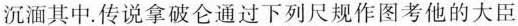
沉湎其中。传说拿破仑通过下列尺规作图考他的大臣